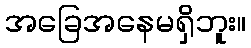
အခြေအနေမရှိဘူး။